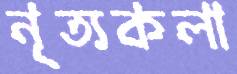
নৃত্যকলা